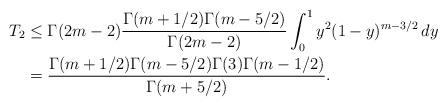
LaTeX: \begin{align*}T_2&\le \Gamma(2m-2)\frac{\Gamma(m+1/2)\Gamma(m-5/2)}{\Gamma(2m-2)}\int_{0}^1y^{2}(1-y)^{m-3/2}\,dy\\&=\frac{\Gamma(m+1/2)\Gamma(m-5/2)\Gamma(3)\Gamma(m-1/2)}{\Gamma(m+5/2)}.\end{align*}